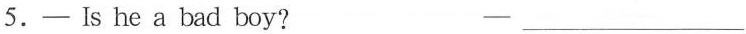
5. —Is he a bad boy? —___